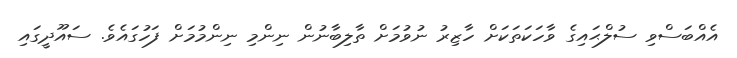
އެއްބަސްވި ސުލްޙައިގެ ވާހަކަތަކަށް ހާޒިރު ނުވުމަށް ތާލިބާނުން ނިންމި ނިންމުމަށް ފަހުގައެވެ. ސައޫދީގައި